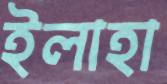
ইলাহা